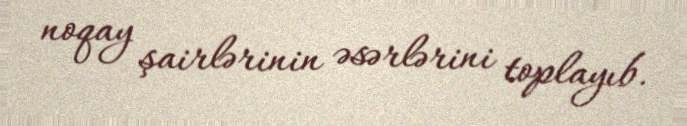
noqay şairlərinin əsərlərini toplayıb.